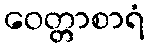
ဝေတ္တာစာရံ